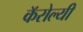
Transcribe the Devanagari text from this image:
कॅरोल्यी